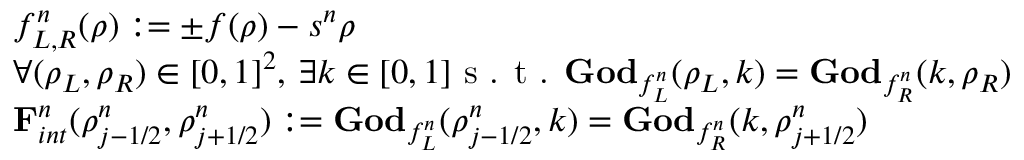
\begin{array} { r l } & { f _ { L , R } ^ { n } ( \rho ) : = \pm f ( \rho ) - s ^ { n } \rho } \\ & { \forall ( \rho _ { L } , \rho _ { R } ) \in [ 0 , 1 ] ^ { 2 } , \, \exists k \in [ 0 , 1 ] \textrm { s . t . } \mathbf { G o d } _ { f _ { L } ^ { n } } ( \rho _ { L } , k ) = \mathbf { G o d } _ { f _ { R } ^ { n } } ( k , \rho _ { R } ) } \\ & { \mathbf { F } _ { i n t } ^ { n } ( \rho _ { j - 1 / 2 } ^ { n } , \rho _ { j + 1 / 2 } ^ { n } ) : = \mathbf { G o d } _ { f _ { L } ^ { n } } ( \rho _ { j - 1 / 2 } ^ { n } , k ) = \mathbf { G o d } _ { f _ { R } ^ { n } } ( k , \rho _ { j + 1 / 2 } ^ { n } ) } \end{array}